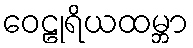
ဝေဠုရိယထမ္ဘာ